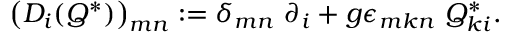
\left( D _ { i } ( Q ^ { \ast } ) \right) _ { m n } : = \delta _ { m n } \ \partial _ { i } + g \epsilon _ { m k n } \ Q _ { k i } ^ { \ast } .